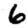
Digit: 6